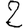
Digit: 2